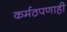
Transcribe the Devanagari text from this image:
कर्मठपणाही